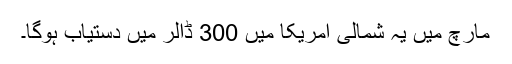
مارچ میں یہ شمالی امریکا میں 300 ڈالر میں دستیاب ہوگا۔